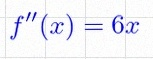
f''(x)=6x